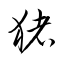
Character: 猪